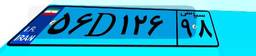
۵۶D۱۲۶۹۸